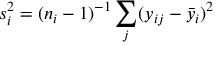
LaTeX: s _ { i } ^ { 2 } = ( n _ { i } - 1 ) ^ { - 1 } \sum _ { j } ( y _ { i j } - { \bar { y } } _ { i } ) ^ { 2 }